Medical and sanitary report of the native army of Bengal for the year
Year: 1876
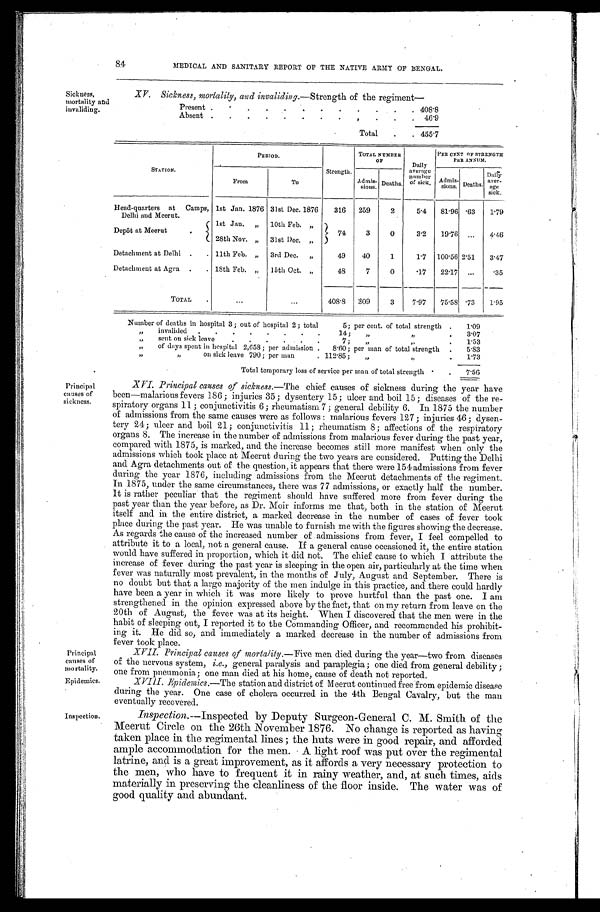
84
MEDICAL AND SANITARY REPORT OF THE NATIVE ARMY OF BENGAL.
Sickness,
mortality and
invaliding.
XV. Sickness, mortality, and invaliding. —Strength of the regiment—
Present .
. .
.
.
.
.
.
.
.
.
. 408.8
Absent .
.
.
.
.
.
.
.
.
.
.
. 46.9
Total
.
. 455.7
STATION.
PERIOD.
Strength.
TOTAL NUMBER O F
Daily
average
number
of sick.
PER CENT OF STRENGTH
PER ANNUM.
From
To
Admi s-
sions. Deaths.
A d m i s -
s i o n s .
Deaths.
Daily
a v e r -
a g e sick.
Head-quarters at Camps,
Delhi and Meerut.
1st Jan. 1876 31st Dec. 1876
316 259
2
5.4
81.96 .63
1.79
Depôt at Meerut
.
1st Jan. „ 10th Feb. „
74
3
0
3.2
19.76 ...
4.46
28th Nov. „ 31st Dec. „
Detachment at Delhi .
. 11th Feb. „
3rd Dec. „
49
40
1
1.7 100.56 2.51
3.47
Detachment at Agra .
. 18th Feb. „ 15th Oct. „
48
7
0
.17
22.17 ...
.35
TOTAL
.
...
...
408.8 309
3
7.97
75.58 .73
1.95
Number of deaths in hospital 3; out of hospital 2; total
5; per cent. of total strength .
1.09
„ invalided .
.
.
.
.
.
.
.
14;
„
„
.
3.07
„ sent on sick leave
.
.
.
.
.
.
7;
„
„
.
1.53
„ of days spent in hospital 2,658; per admission . 8.60; per man of total strength .
5.83
„ „ on sick leave 790; per man
. 112.85;
„
„
. 1.73
Total temporary loss of service per man of total strength
. .
7.56
Principal
causes of
sickness.
Principal
causes of
mortality.
Epidemics.
Inspection.
XVI. Principal causes of sickness. —The chief causes of sickness during the year have
been—malarious fevers 186; injuries 35; dysentery 15; ulcer and boil 15; diseases of the re-
spiratory organs 11; conjunctivitis 6; rheumatism 7; general debility 6. In 1875 the number
of admissions from the same causes were as follows: malarious fevers 127; injuries 46; dysen-
tery 24; ulcer and boil 21; conjunctivitis 11; rheumatism 8; affections of the respiratory
organs 8. The increase in the number of admissions from malarious fever during the past year,
compared with 1875, is marked, and the increase becomes still more manifest when only the
admissions which took place at Meerut during the two years are considered. Putting the Delhi
and Agra detachments out of the question, it appears that there were 154 admissions from fever
during the year 1876, including admissions from the Meerut detachments of the regiment.
In 1875, under the same circumstances, there was 77 admissions, or exactly half the number.
It is rather peculiar that the regiment should have suffered more from fever during the
past year than the year before, as Dr. Moir informs me that, both in the station of Meerut
itself and in the entire district, a marked decrease in the number of cases of fever took
place during the past year. He was unable to furnish me with the figures showing the decrease.
As regards the cause of the increased number of admissions from fever, I feel compelled to
attribute it to a local, not a general cause. If a general cause occasioned it, the entire station
would have suffered in proportion, which it did not. The chief cause to which I attribute the
increase of fever during the past year is sleeping in the open air, particularly at the time when
fever was naturally most prevalent, in the months of July, August and September. There is
no doubt but that a large majority of the men indulge in this practice, and there could hardly
have been a year in which it was more likely to prove hurtful than the past one. I am
strengthened in the opinion expressed above by the fact, that on my return from leave on the
20th of August, the fever was at its height. When I discovered that the men were in the
habit of sleeping out, I reported it to the Commanding Officer, and recommended his prohibit-
ing it. He did so, and immediately a marked decrease in the number of admissions from
fever took place.
XVII. Principal causes of mortality. —Five men died during the year—two from diseases
of the nervous system, i.e., general paralysis and paraplegia; one died from general debility;
one from pneumonia; one man died at his home, cause of death not reported.
XVIII. Epidemics. —The station and district of Meerut continued free from epidemic disease
during the year. One case of cholera occurred in the 4th Bengal Cavalry, but the man
eventually recovered.
Inspection.— Inspected by Deputy Surgeon-General C. M. Smith of the
Meerut Circle on the 26th November 1876. No change is reported as having
taken place in the regimental lines; the huts were in good repair, and afforded
ample accommodation for the men. A light roof was put over the regimental
latrine, and is a great improvement, as it affords a very necessary protection to
the men, who have to frequent it in rainy weather, and, at such times, aids
materially in preserving the cleanliness of the floor inside. The water was of
good quality and abundant.